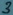
Text: 3